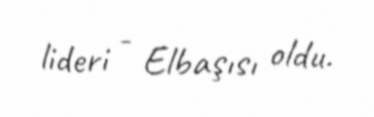
lideri - Elbaşısı oldu.